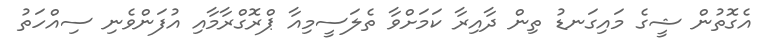
އެގޮތުން ޝީގެ މައިގަނޑު ތިން ދާއިރާ ކަމަށްވާ ތެލަސީމިއާ ޕްރޮގްރާމާއި އުފަންވެނި ސިއްހަތު